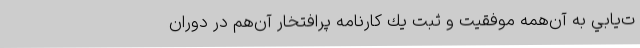
ت­يابي به آن‌همه موفقيت و ثبت يك كارنامه پرافتخار آن‌هم در دوران